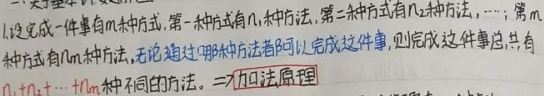
1. 设完成一件事有 \(m\) 种方式，第一种方式有 \(n_1\) 种方法，第二种方式有 \(n_2\) 种方法，……，第 \(m\) 种方式有 \(n_m\) 种方法，无论通过哪种方式都可以完成这件事，则完成这件事总共有
\[n_1 + n_2+\cdots + n_m\] 种不同的方法。—— 加法原理